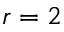
r = 2